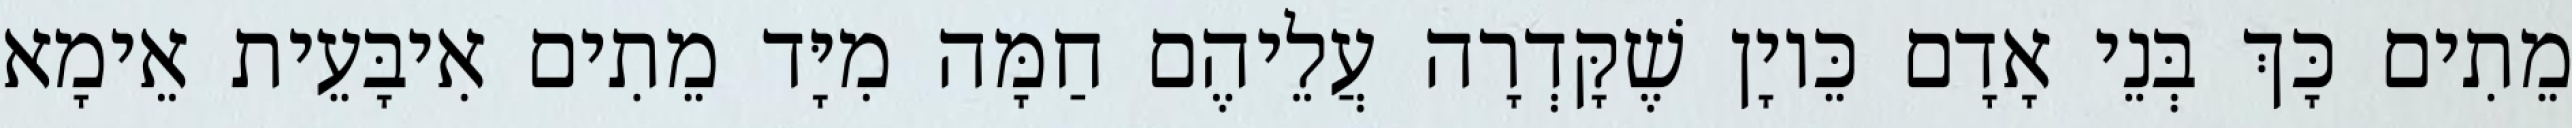
מֵתִים כָּךְ בְּנֵי אָדָם כֵּיוָן שֶׁקָּדְרָה עֲלֵיהֶם חַמָּה מִיָּד מֵתִים אִיבָּעֵית אֵימָא